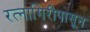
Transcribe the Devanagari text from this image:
रत्‍नागिरीपासून